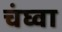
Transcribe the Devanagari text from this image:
चंघ्वा